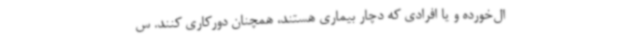
ال‌خورده و یا افرادی که دچار بیماری هستند، همچنان دورکاری کنند. س